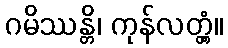
ဂမိဿန္တိ၊ ကုန်လတ္တံ့။